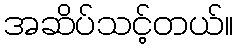
အဆိပ်သင့်တယ်။